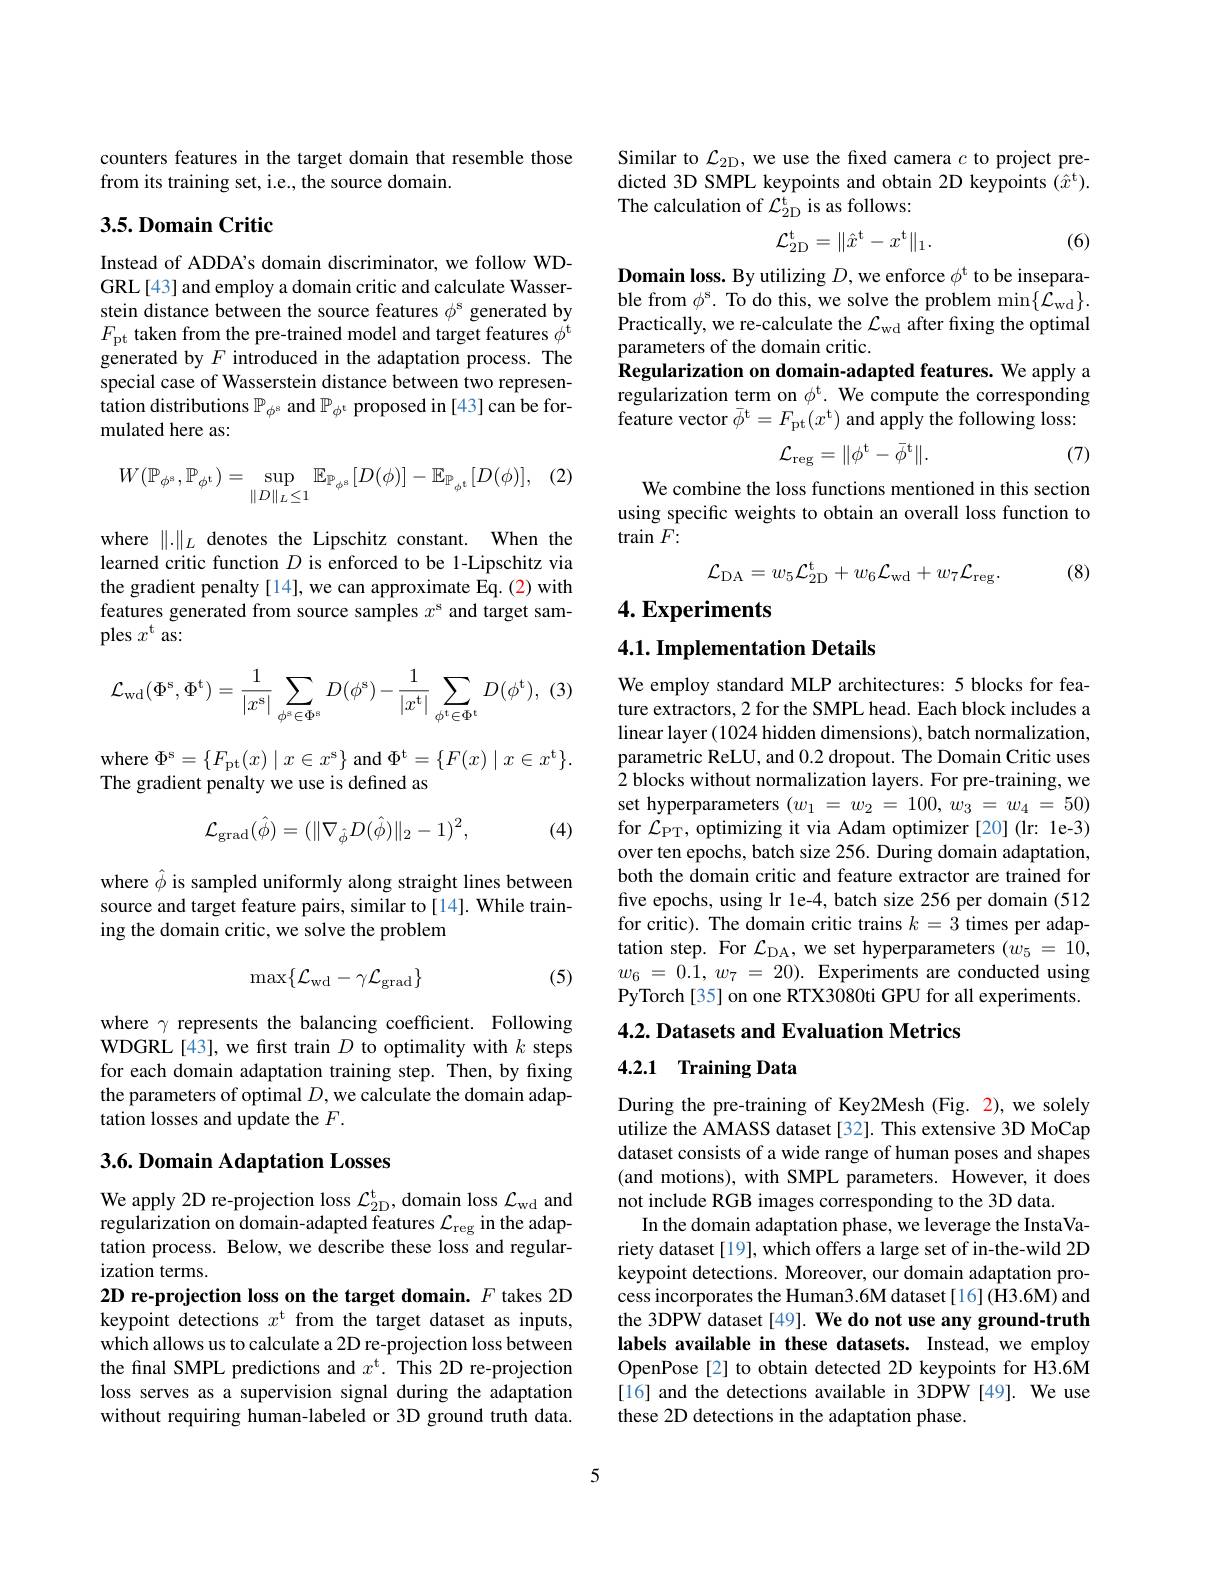
counters features in the target domain that resemble those
from its training set, i.e., the source domain.

## 3.5. Domain Critic

Instead of ADDA's domain discriminator, we follow WDGRL[43] and employ a domain critic and calculate Wasserstein distance between the source features $\phi^\mathrm{s}$ generated by $F_{\mathrm{pt}}$ taken from the pre-trained model and target features $\phi^\mathrm{t}$ generated by $F$ introduced in the adaptation process. The special case of Wasserstein distance between two representation distributions $\mathbb{P}_{\phi^s}$ and $\mathbb{P}_{\phi^t}$ proposed in [43] can be formulated here as:

(2)
$$W(\mathbb{P}_{\phi^s},\mathbb{P}_{\phi^t})=\sup_{\|D\|_L\leq1}\mathbb{E}_{\mathbb{P}_{\phi^s}}[D(\phi)]-\mathbb{E}_{\mathbb{P}_{\phi^t}}[D(\phi)],$$
where $\|.\|_L$ denotes the Lipschitz constant. When the learned critic function $D$ is enforced to be 1-Lipschitz via the gradient penalty [14], we can approximate Eq.(2) with features generated from source samples $x^\mathrm{s}$ and target samples $x^\mathrm{t}$ as:
$$\mathcal{L}_{\mathrm{wd}}(\Phi^{\mathrm{s}},\Phi^{\mathrm{t}})=\frac{1}{|x^{\mathrm{s}}|}\sum_{\phi^{\mathrm{s}}\in\Phi^{\mathrm{s}}}D(\phi^{\mathrm{s}})-\frac{1}{|x^{\mathrm{t}}|}\sum_{\phi^{\mathrm{t}}\in\Phi^{\mathrm{t}}}D(\phi^{\mathrm{t}}),$$
${\mathrm{where~}\Phi^{\mathrm{s}}}=\{F_{\mathrm{pt}}(x)\mid x\in x^{\mathrm{s}}\}$and$\Phi^\mathrm{t}=\{F(x)\mid x\in x^\mathrm{t}\}.$
The gradient penalty we use is defined as
$$\mathcal{L}_{\mathrm{grad}}(\hat{\phi})=(\|\nabla_{\hat{\phi}}D(\hat{\phi})\|_{2}-1)^{2},$$
(4)

where $\hat{\phi}$ is sampled uniformly along straight lines between source and target feature pairs, similar to [14]. While training the domain critic, we solve the problem
$$\max\{\mathcal{L}_{\mathrm{wd}}-\gamma\mathcal{L}_{\mathrm{grad}}\}$$
(5)

where $\gamma$ represents the balancing coefficient. Following WDGRL[43], we first train $D$ to optimality with $k$ steps for each domain adaptation training step. Then, by fixing the parameters of optimal $D$, we calculate the domain adaptation losses and update the $F.$

## 3.6. Domain Adaptation Losses

We apply 2D re-projection loss $\mathcal{L}_{2\mathrm{D}}^{\mathrm{t}}$, domain loss $\mathcal{L}_{\mathrm{wd}}$ and regularization on domain-adapted features $\mathcal{L}_\mathrm{reg}$ in the adaptation process. Below, we describe these loss and regularization terms.
2D re-projection loss on the target domain. $F$ takes 2D keypoint detections $x^\mathrm{t}$ from the target dataset as inputs, which allows us to calculate a 2D re-projection loss between the final SMPL predictions and $x^\mathrm{t.}$ This 2D re-projection loss serves as a supervision signal during the adaptation without requiring human-labeled or 3D ground truth data.

Similar to $\mathcal{L}_{2\mathrm{D}}$, we use the fixed camera $c$ to project predicted 3D SMPL keypoints and obtain 2D keypoints $(\hat{x}^{\mathrm{t}}).$ The calculation of $\mathcal{L}_{2\mathrm{D}}^\mathrm{t}$ is as follows:

(6)
$$\mathcal{L}_{\mathrm{2D}}^\mathrm{t}=\|\hat{x}^\mathrm{t}-x^\mathrm{t}\|_1.$$
Domain loss. By utilizing $D$, we enforce $\phi^\mathrm{t}$ to be inseparable from $\phi^\mathrm{s}.$ To do this, we solve the problem min$\{\bar{\mathcal{L}}_\mathrm{wd}\}.$ Practically, we re-calculate the $\mathcal{L}_\mathrm{wd}$ after fixing the optimal parameters of the domain critic.
Regularization on domain-adapted features. We apply a regularization term on $\phi^\mathrm{t}.$ We compute the corresponding feature vector $\bar{\phi}^\mathrm{t}=F_\mathrm{pt}(x^\mathrm{t})$ and apply the following loss:

(7)
$$\mathcal{L}_{\mathrm{reg}}=\|\phi^{\mathrm{t}}-\bar{\phi}^{\mathrm{t}}\|.$$
We combine the loss functions mentioned in this section using specific weights to obtain an overall loss function to $\tan F\colon$
$$\mathcal{L}_{\mathrm{DA}}=w_{5}\mathcal{L}_{\mathrm{2D}}^{\mathrm{t}}+w_{6}\mathcal{L}_{\mathrm{wd}}+w_{7}\mathcal{L}_{\mathrm{reg}}.$$
(8)

$4. \textbf{Experiments}$
4.1. Implementation Details

We employ standard MLP architectures: 5 blocks for feature extractors, 2 for the SMPL head. Each block includes a linear layer (1024 hidden dimensions), batch normalization, parametric ReLU, and 0.2 dropout. The Domain Critic uses 2 blocks without normalization layers. For pre-training, we set hyperparameters $( w_1$ = $w_2$ = 100, $w_3$ = $w_4$ = 50) for $\mathcal{L}_\mathrm{PT}$, optimizing it via Adam optimizer[20](lr: 1e-3) over ten epochs, batch size 256. During domain adaptation, both the domain critic and feature extractor are trained for five epochs, using lr 1e-4, batch size 256 per domain (512 for critic). The domain critic trains $k=\bar{3}$ times per adaptation step. For $\mathcal{L}_\mathrm{DA}$, we set hyperparameters $(w_5=10$, $w_6$ = 0.1, $w_7$ = 20). Experiments are conducted using PyTorch[35] on one RTX3080ti GPU for all experiments.

4.2. Datasets and Evaluation Metrics

## 4.2.1 Training Data

During the pre-training of Key2Mesh (Fig. 2), we solely utilize the AMASS dataset[32]. This extensive 3D MoCap dataset consists of a wide range of human poses and shapes (and motions), with SMPL parameters. However, it does not include RGB images corresponding to the 3D data.
In the domain adaptation phase, we leverage the InstaVariety dataset [19], which offers a large set of in-the-wild 2D keypoint detections. Moreover, our domain adaptation process incorporates the Human3.6M dataset[16](H3.6M) and the 3DPW dataset [49]. We do not use any ground-truth labels available in these datasets. Instead, we employ OpenPose[2] to obtain detected 2D keypoints for H3.6M [16] and the detections available in 3DPW [49]. We use these 2D detections in the adaptation phase.

5